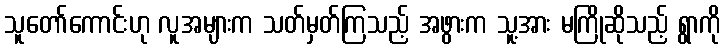
သူတော်ကောင်းဟု လူအများက သတ်မှတ်ကြသည့် အဖွားက သူ့အား မကြိုဆိုသည့် ရွာကို